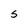
Character: S